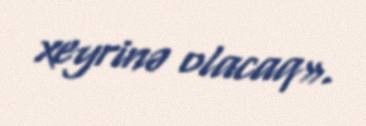
xeyrinə olacaq».